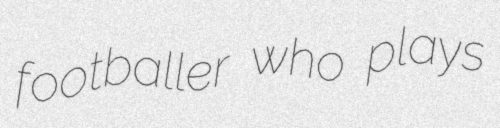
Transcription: footballer who plays